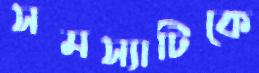
সমস্যাটিকে